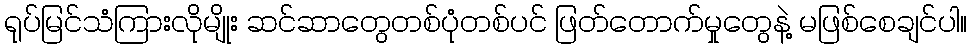
ရုပ်မြင်သံကြားလိုမျိုး ဆင်ဆာတွေတစ်ပုံတစ်ပင် ဖြတ်တောက်မှုတွေနဲ့ မဖြစ်စေချင်ပါ။